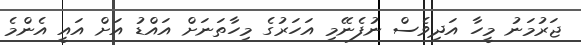
ޖަރުމަނު މީހާ އަދިވެސް ނުފެނޭމި އަހަރުގެ މިހާތަނަށް އައްޑު އަށް އައީ އެންމެ